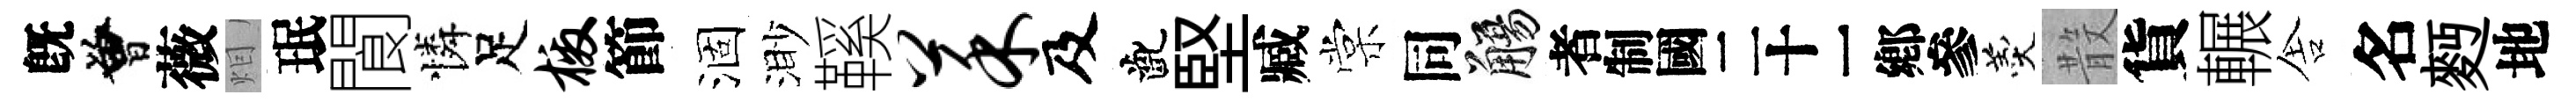
旣曾薇𤇆珉閬憐足檄節涸渺鞵菜及齔堅臧棠同觴识羹𣪚貨輾舎名麪地